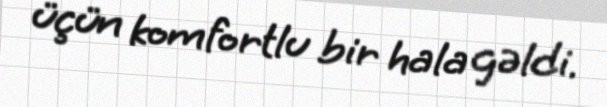
üçün komfortlu bir hala gəldi.